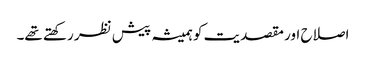
اصلاح اور مقصدیت کو ہمیشہ پیش نظر رکھتے تھے۔